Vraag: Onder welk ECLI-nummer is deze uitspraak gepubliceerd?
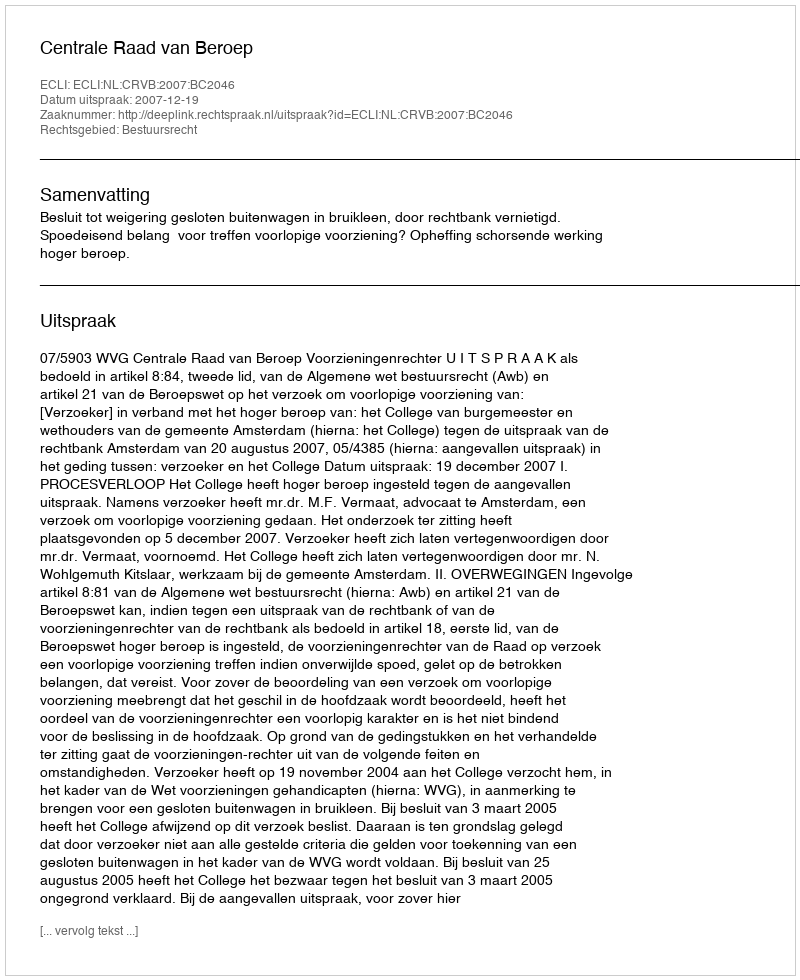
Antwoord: ECLI:NL:CRVB:2007:BC2046